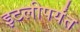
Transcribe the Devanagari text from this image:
इटलीपर्यंत